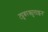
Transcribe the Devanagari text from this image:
ट्यूबरक्युलाइन